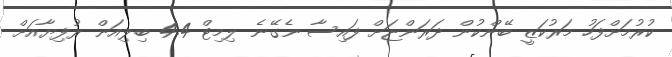
ކުރުމަށްފަހު މަރުކަޒީ ބޭންކުން ދަރަންޏަށް ފައިސާ ނެގޭނެ ލިމިޓް 4.4 ބިލިއަން ރުފިޔާއަށް